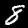
Digit: 8